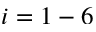
i = 1 - 6